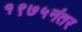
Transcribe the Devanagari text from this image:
१९७५नंतर